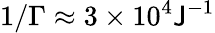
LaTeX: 1/\Gamma\approx3\times10^{4}\mathsf{J}^{-1}